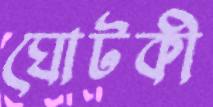
ঘোটকী